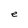
Character: e